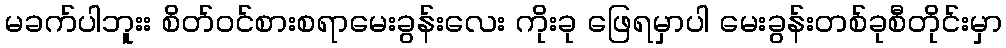
မခက်ပါဘူးး စိတ်ဝင်စားစရာမေးခွန်းလေး ကိုးခု ဖြေရမှာပါ မေးခွန်းတစ်ခုစီတိုင်းမှာ